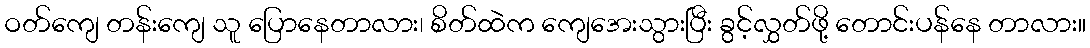
ဝတ်ကျေ တန်းကျေ သူ ပြောနေတာလား၊ စိတ်ထဲက ကျေအေးသွားပြီး ခွင့်လွှတ်ဖို့ တောင်းပန်နေ တာလား။